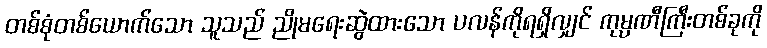
တစ်စုံတစ်ယောက်သော သူသည် ညိုမရေးဆွဲထားသော ပလန်ကိုရရှိလျှင် ကုမ္ပဏီကြီးတစ်ခုကို